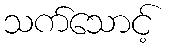
သက်သောင့်